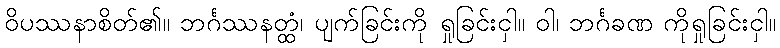
ဝိပဿနာစိတ်၏။ ဘင်္ဂဿနတ္ထံ၊ ပျက်ခြင်းကို ရှုခြင်းငှါ။ ဝါ၊ ဘင်္ဂခဏ ကိုရှုခြင်းငှါ။